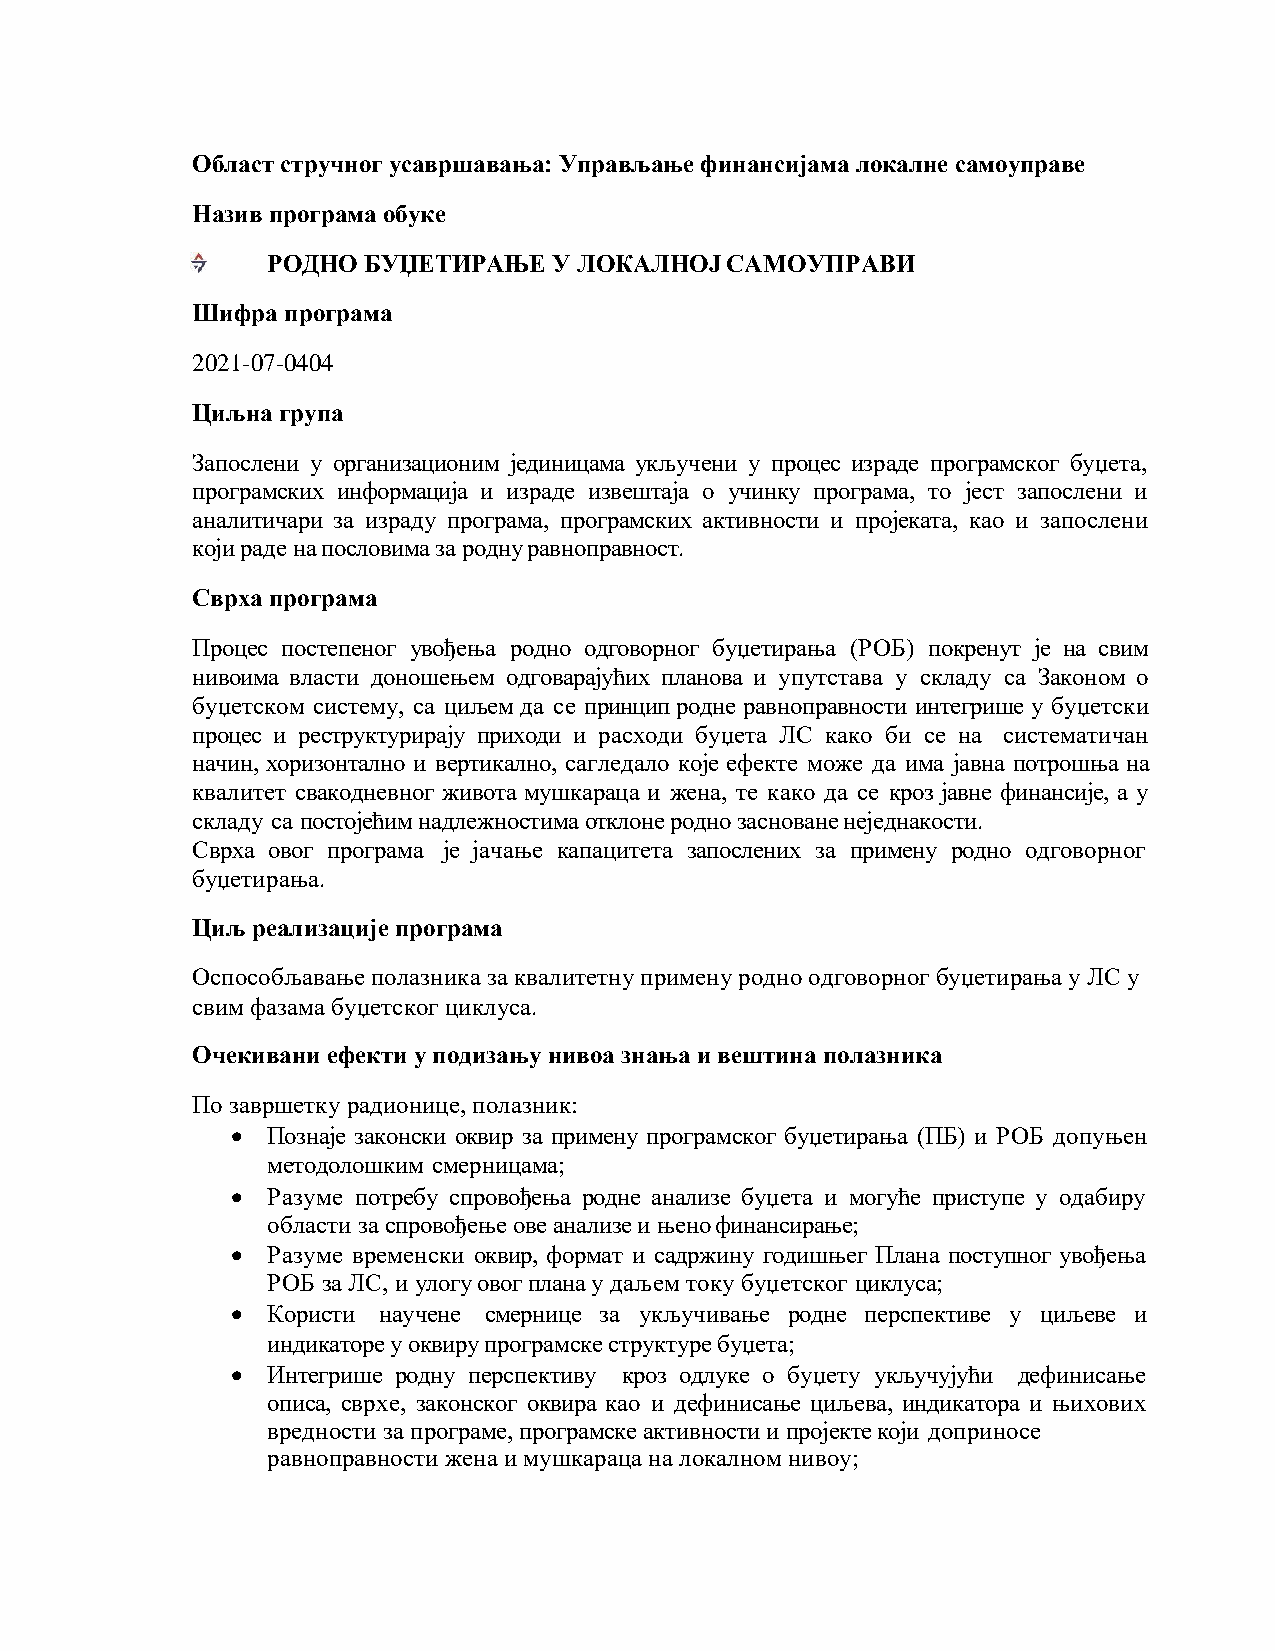
Област стручног усавршавања: Управљање финансијама локалне самоуправе
 Назив програма обуке
 РОДНО БУЏЕТИРАЊЕ   У ЛОКАЛНОЈ САМОУПРАВИ
 Шифра програма
 2021-07-0404
 Циљна група
 Запослени у организационим јединицама укључени у процес израде програмског буџета,
 програмских информација и израде извештаја о учинку програма, то јест запослени и
 аналитичари за израду програма, програмских активности и пројеката, као и запослени
 који раде на пословима за родну равноправност.
 Сврха програма
 Процес постепеног увођења родно одговорног буџетирања (РОБ) покренут је на свим
 нивоима власти доношењем одговарајућих планова и упутстава у складу са Законом о
 буџетском систему, са циљем да се принцип родне равноправности интегрише у буџетски
 процес и реструктурирају приходи и расходи буџета ЛС како би се на систематичан
 начин, хоризонтално и вертикално, сагледало које ефекте може да има јавна потрошња на
 квалитет свакодневног живота мушкараца и жена, те како да се кроз јавне финансије, а у
 складу са постојећим надлежностима отклоне родно засноване неједнaкости.
 Сврха овог програма је јачање капацитета запослених за примену родно одговорног
 буџетирања.
 Циљ реализације програма
 Оспособљавање полазника за квалитетну примену родно одговорног буџетирања у ЛС у
 свим фазама буџетског циклуса.
 Очекивани ефекти у подизању нивоа знања и вештина полазника
 По завршетку радионице, полазник:
 •  Познаје законски оквир за примену програмског буџетирања (ПБ) и РОБ допуњен
 методолошким смерницама;
 •  Разуме потребу спровођења родне анализе буџета и могуће приступе у одабиру
 области за спровођење ове анализе и њено финансирање;
 •  Разуме временски оквир, формат и садржину годишњег Плана поступног увођења
 РОБ за ЛС, и улогу овог плана у даљем току буџетског циклуса;
 •  Користи научене смернице за укључивање родне перспективе у циљеве и
 индикаторе у оквиру програмске структуре буџета;
 •  Интегрише родну перспективу кроз одлуке о буџету укључујући дефинисање
 описа, сврхе, законског оквира као и дефинисање циљева, индикатора и њихових
 вредности за програме, програмске активности и пројекте који доприносе
 равноправности жена и мушкараца на локалном нивоу;